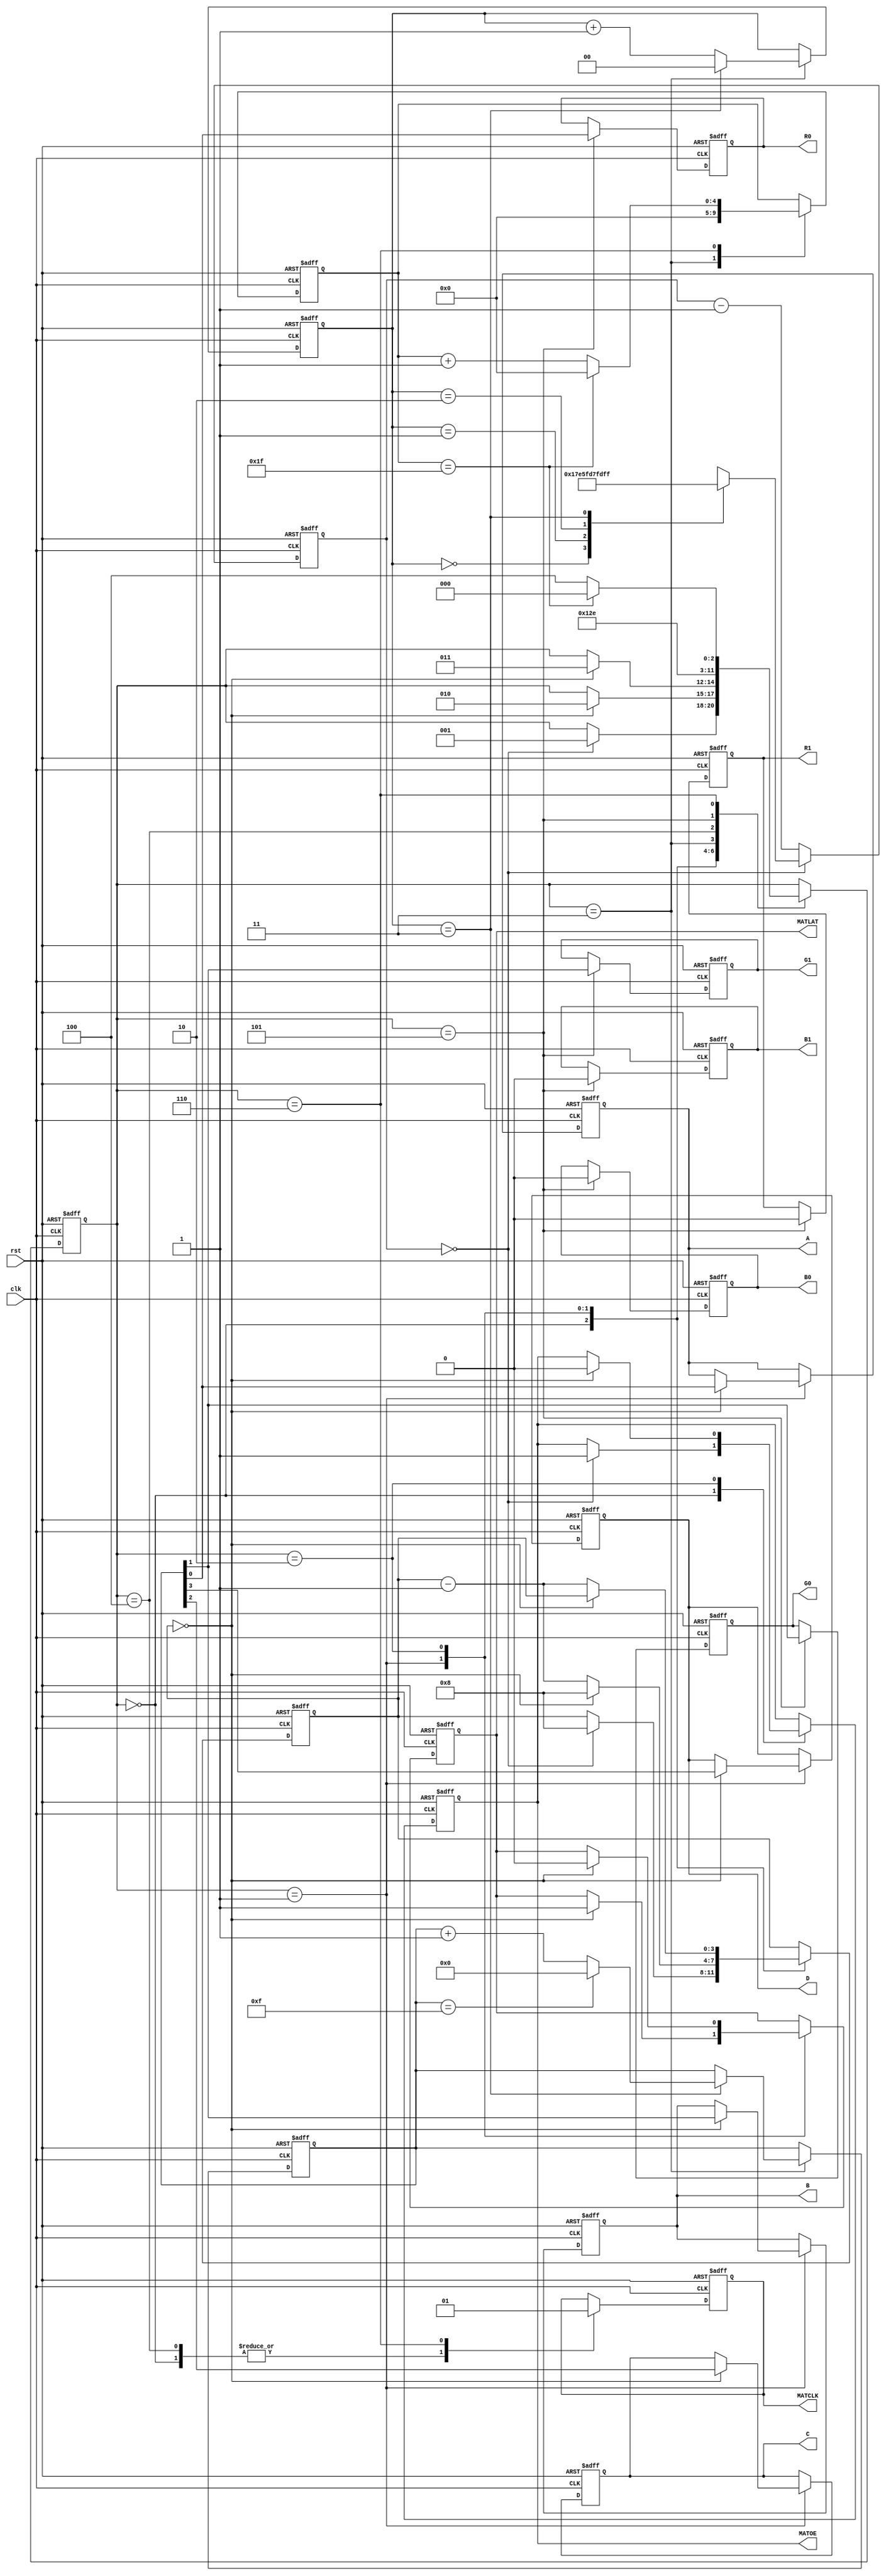
module rgbmatrix (
    input clk,
    input rst,
    output reg R0,
	 output reg G0,
	 output reg B0,
    output reg R1,
	 output reg G1,
	 output reg B1,
	 output reg A,
	 output reg B,
	 output reg C,
	 output reg D,
	 output reg MATCLK,
	 output reg MATLAT,
	 output reg MATOE
);
localparam WAIT = 0,
		   BLANK = 1,
		   LATCH = 2,
		   UNBLANK = 3,
		   READ = 4,
		   SHIFT1 = 5,
		   SHIFT2 = 6;
reg [2:0] state;
reg [10:0] timer;
reg [3:0] delay;
reg [3:0] rd_row;
reg [1:0] rd_bit;
reg [4:0] rd_col;
always @ (posedge clk or posedge rst)
begin
	if (rst)
	begin
		R0 <= 0;
		G0 <= 0;
		B0 <= 0;
		R1 <= 0;
		G1 <= 0;
		B1 <= 0;
		A <= 0;
		B <= 0;
		C <= 0;
		D <= 0;
		MATCLK <= 0;
		MATLAT <= 0;
		MATOE <= 1;
		state <= READ;
		timer <= 0;
		delay <= 0;
		rd_row <= 0;
		rd_bit <= 0;
		rd_col <= 0;
	end
	else
	begin
		if (timer == 0)
		begin
			case (rd_bit)
				0: timer <= 191;
				1: timer <= 383;
				2: timer <= 767;
				3: timer <= 1535;
			endcase
		end
		else
		begin
			timer <= timer - 1;
		end
		case (state)
			WAIT: begin
				MATCLK <= 0;
				if (timer == 0)
				begin
					MATOE <= 1;
					delay <= 8;
					state <= BLANK;
				end
			end
			BLANK: begin
				if (delay == 0)
				begin
					MATLAT <= 1;
					delay <= 8;
					state <= LATCH;
					A <= rd_row[0];
					B <= rd_row[1];
					C <= rd_row[2];
					D <= rd_row[3];
				end
				else
				begin
					delay <= delay - 1;
				end
			end
			LATCH: begin
				if (delay == 0)
				begin
					MATOE <= 0;
					MATLAT <= 0;
					state <= UNBLANK;
				end
				else
				begin
					delay <= delay - 1;
				end
			end
			UNBLANK: begin
				if (rd_bit == 3)
				begin
					rd_bit <= 0;
					if (rd_row == 15)
					begin
						rd_row <= 0;
					end
					else
					begin
						rd_row <= rd_row + 1;
					end
				end
				else
				begin
					rd_bit <= rd_bit + 1;
				end
				rd_col <= 0;
				state <= READ;
			end
			READ: begin
				state <= SHIFT1;
				MATCLK <= 0;
			end
			SHIFT1: begin
				R0 <= rd_row[0];
				G0 <= rd_row[1];
				B0 <= 0;
				R1 <= 0;
				G1 <= rd_row[1];
				B1 <= 0;
				state <= SHIFT2;
			end
			SHIFT2: begin
				MATCLK <= 1;
				if (rd_col == 31)
				begin
					rd_col <= 0;
					state <= WAIT;
				end
				else
				begin
					rd_col <= rd_col + 1;
					state <= READ;
				end
			end
		endcase
	end
end
endmodule